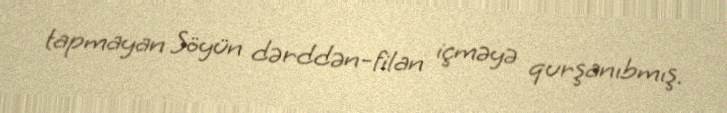
tapmayan Söyün dərddən-filan içməyə qurşanıbmış.